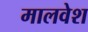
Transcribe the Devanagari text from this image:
मालवेश